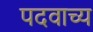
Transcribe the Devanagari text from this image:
पदवाच्य